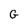
Character: G